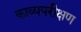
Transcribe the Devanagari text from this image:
काव्यपरीक्षण